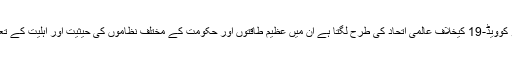
اس کے برعکس جو کوویڈ-19 کیخلاف عالمی اتحاد کی طرح لگتا ہے ان میں عظیم طاقتوں اور حکومت کے مختلف نظاموں کی حیثیت اور اہلیت کے تعین کیلئے مقابلہ ہے۔